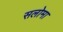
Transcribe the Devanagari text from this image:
सलोमा